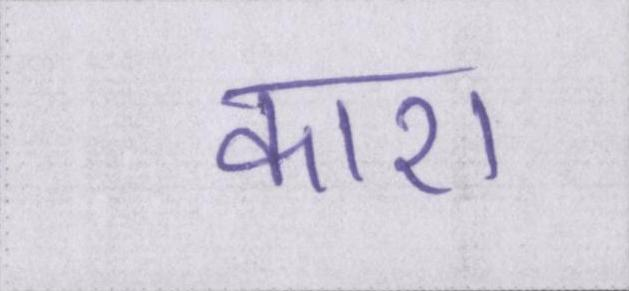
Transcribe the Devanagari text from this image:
काश